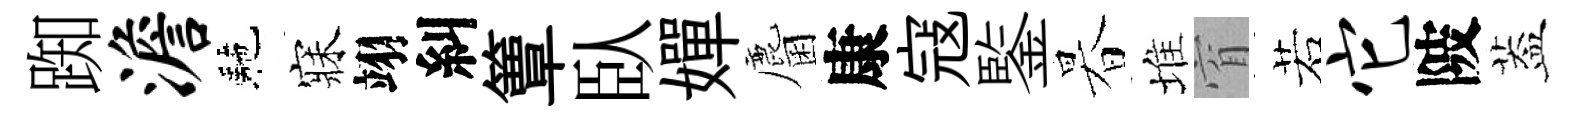
踟澹駰寐翊糾簟臥嬋麕康寇鍳暮堆窅若它陂葢